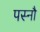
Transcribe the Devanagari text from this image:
पस्नौ